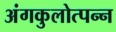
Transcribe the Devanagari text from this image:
अंगकुलोत्पन्न